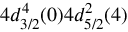
4 d _ { 3 / 2 } ^ { 4 } ( 0 ) 4 d _ { 5 / 2 } ^ { 2 } ( 4 )